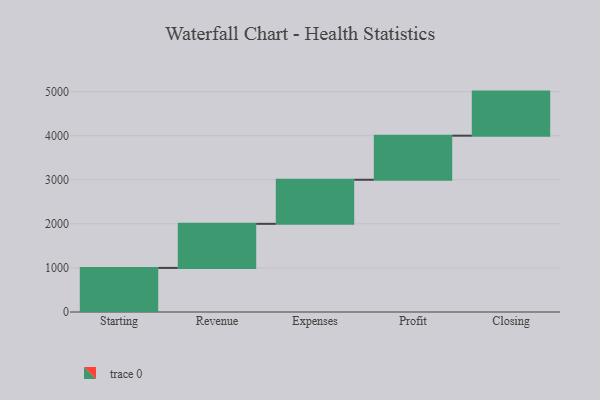
{"axis": {"x": "Step", "y": "Value"}, "legend": [""], "data": [{"x": "Starting", "y": 1000, "type": ""}, {"x": "Revenue", "y": 1000, "type": ""}, {"x": "Expenses", "y": 1000, "type": ""}, {"x": "Profit", "y": 1000, "type": ""}, {"x": "Closing", "y": 1000, "type": ""}]}